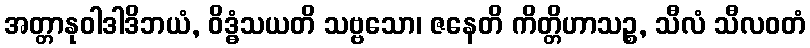
အတ္တာနုဝါဒါဒိဘယံ, ဝိဒ္ဓံသယတိ သဗ္ဗသော၊ ဇနေတိ ကိတ္တိဟာသဉ္စ, သီလံ သီလဝတံ